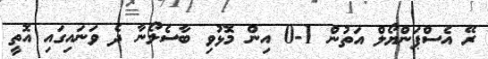
ރޭ އެސްޕަންޔޯލް އަތުން 1-0 އިން މޮޅުވި ބާސެލޯނާ ދެ ވަނައިގައި އޮތީ